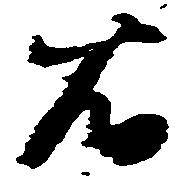
右